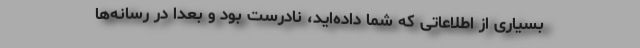
بسیاری از اطلاعاتی که شما داده‌اید، نادرست بود و بعدا در رسانه‌ها